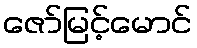
ဇော်မြင့်မောင်